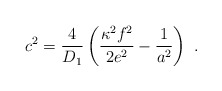
\begin{align*}c^2 = \frac{4}{D_1} \left(\frac{\kappa^2 f^2}{2e^2}-\frac{1}{a^2}\right)~.\end{align*}